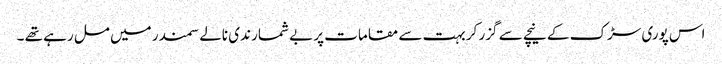
اس پوری سڑک کے نیچے سے گزر کر بہت سے مقامات پر بے شمار ندی نالے سمندر میں مل رہے تھے ۔